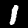
Digit: 1